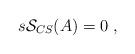
LaTeX: \begin{align*}s\mathcal{S}_{CS}(A)=0\;, \end{align*}